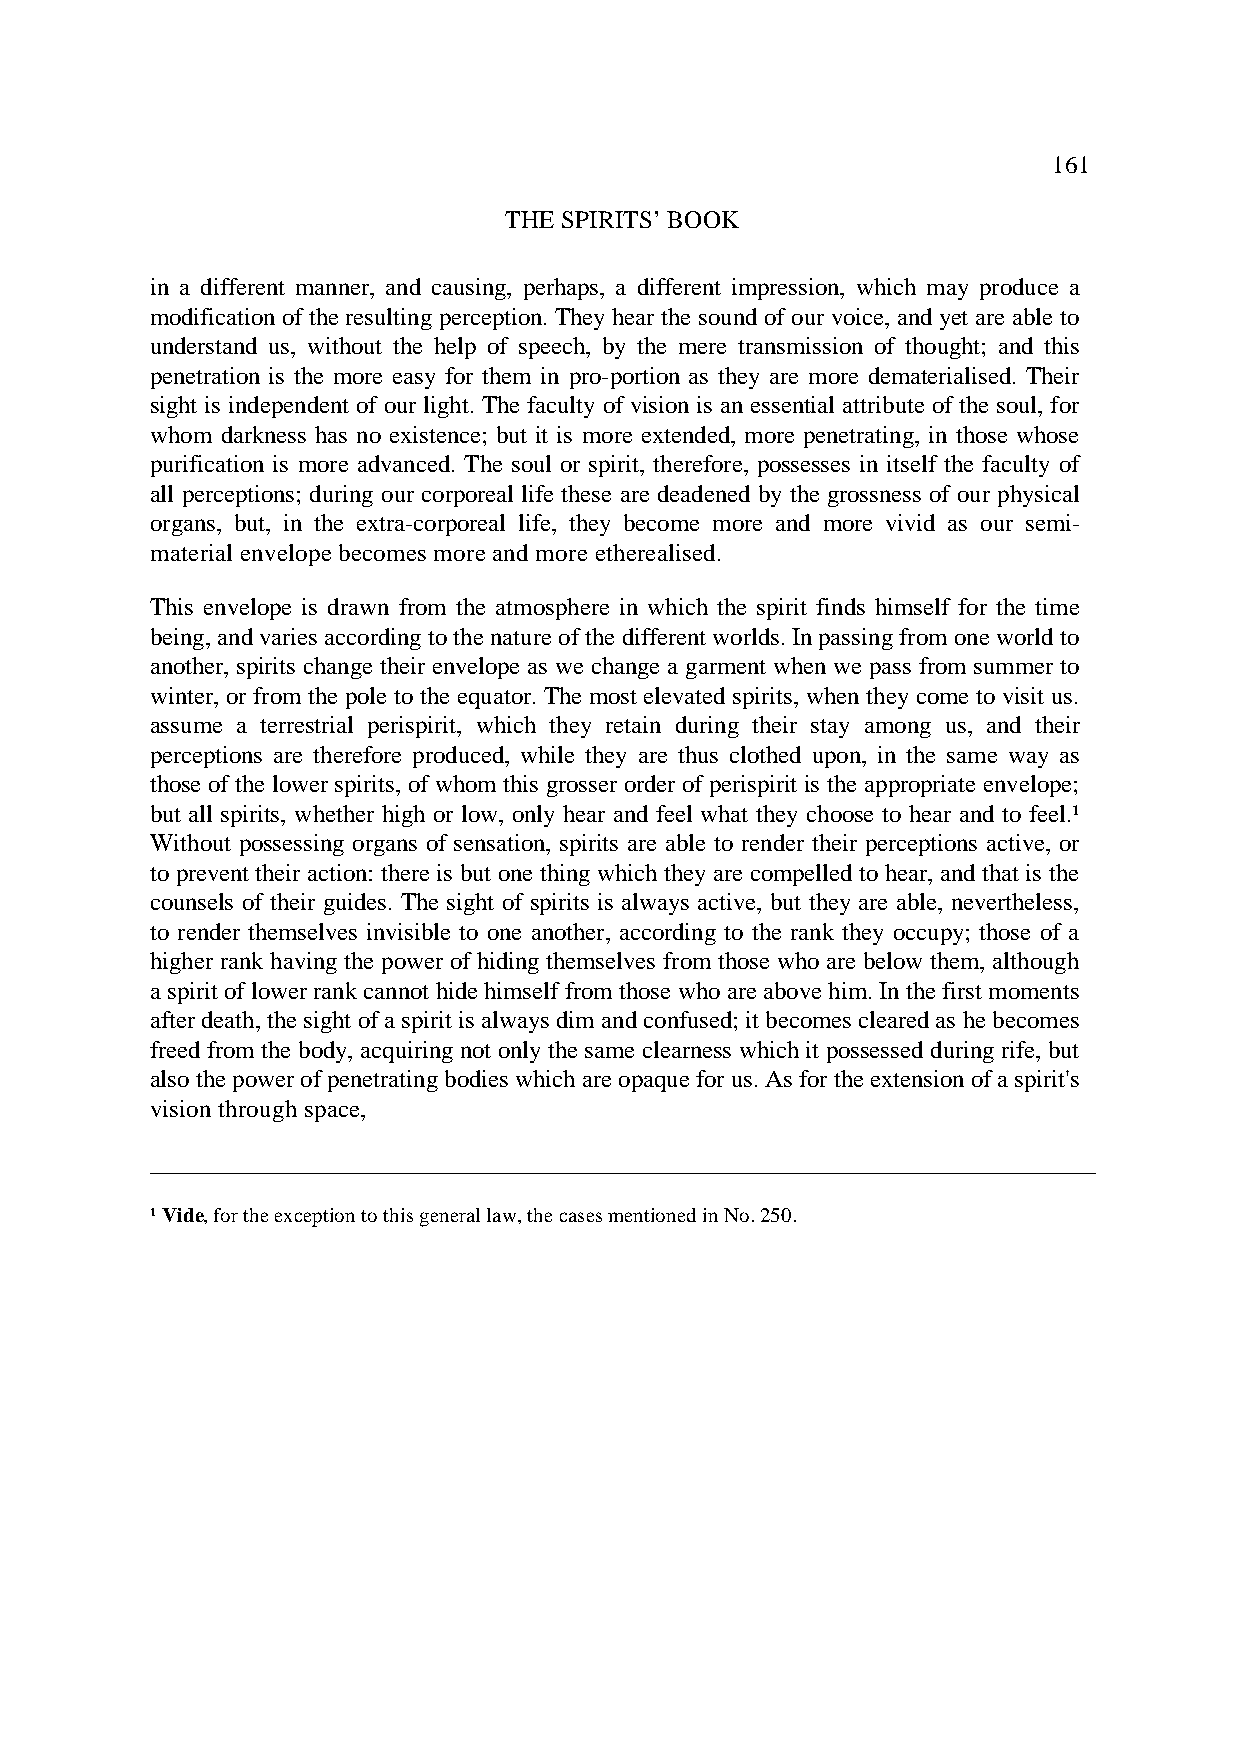
161
 THE SPIRITS’ BOOK
 in a different manner, and causing, perhaps, a different impression, which may produce a
 modification of the resulting perception. They hear the sound of our voice, and yet are able to
 understand us, without the help of speech, by the mere transmission of thought; and this
 penetration is the more easy for them in pro-portion as they are more dematerialised. Their
 sight is independent of our light. The faculty of vision is an essential attribute of the soul, for
 whom darkness has no existence; but it is more extended, more penetrating, in those whose
 purification is more advanced. The soul or spirit, therefore, possesses in itself the faculty of
 all perceptions; during our corporeal life these are deadened by the grossness of our physical
 organs, but, in the extra-corporeal life, they become more and more vivid as our semi-
 material envelope becomes more and more etherealised.
 This envelope is drawn from the atmosphere in which the spirit finds himself for the time
 being, and varies according to the nature of the different worlds. In passing from one world to
 another, spirits change their envelope as we change a garment when we pass from summer to
 winter, or from the pole to the equator. The most elevated spirits, when they come to visit us.
 assume a terrestrial perispirit, which they retain during their stay among us, and their
 perceptions are therefore produced, while they are thus clothed upon, in the same way as
 those of the lower spirits, of whom this grosser order of perispirit is the appropriate envelope;
 but all spirits, whether high or low, only hear and feel what they choose to hear and to feel.¹
 Without possessing organs of sensation, spirits are able to render their perceptions active, or
 to prevent their action: there is but one thing which they are compelled to hear, and that is the
 counsels of their guides. The sight of spirits is always active, but they are able, nevertheless,
 to render themselves invisible to one another, according to the rank they occupy; those of a
 higher rank having the power of hiding themselves from those who are below them, although
 a spirit of lower rank cannot hide himself from those who are above him. In the first moments
 after death, the sight of a spirit is always dim and confused; it becomes cleared as he becomes
 freed from the body, acquiring not only the same clearness which it possessed during rife, but
 also the power of penetrating bodies which are opaque for us. As for the extension of a spirit's
 vision through space,
 ___________________________________________________________________________
 ¹ Vide, for the exception to this general law, the cases mentioned in No. 250.